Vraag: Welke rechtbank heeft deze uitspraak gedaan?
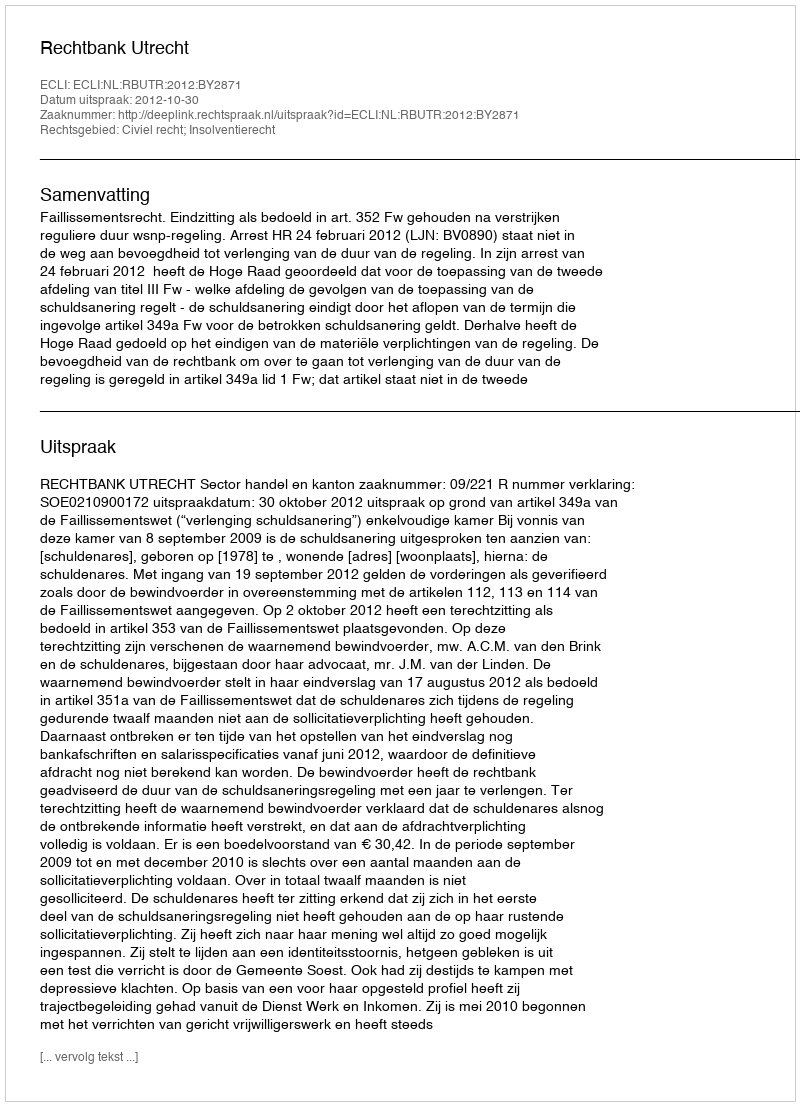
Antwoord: Rechtbank Utrecht